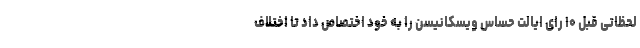
لحظاتی قبل ۱۰ رای ایالت حساس ویسکانیسن را به خود اختصاص داد تا اختلاف